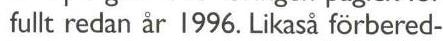
fullt redan år 1996. Likaså förbered-